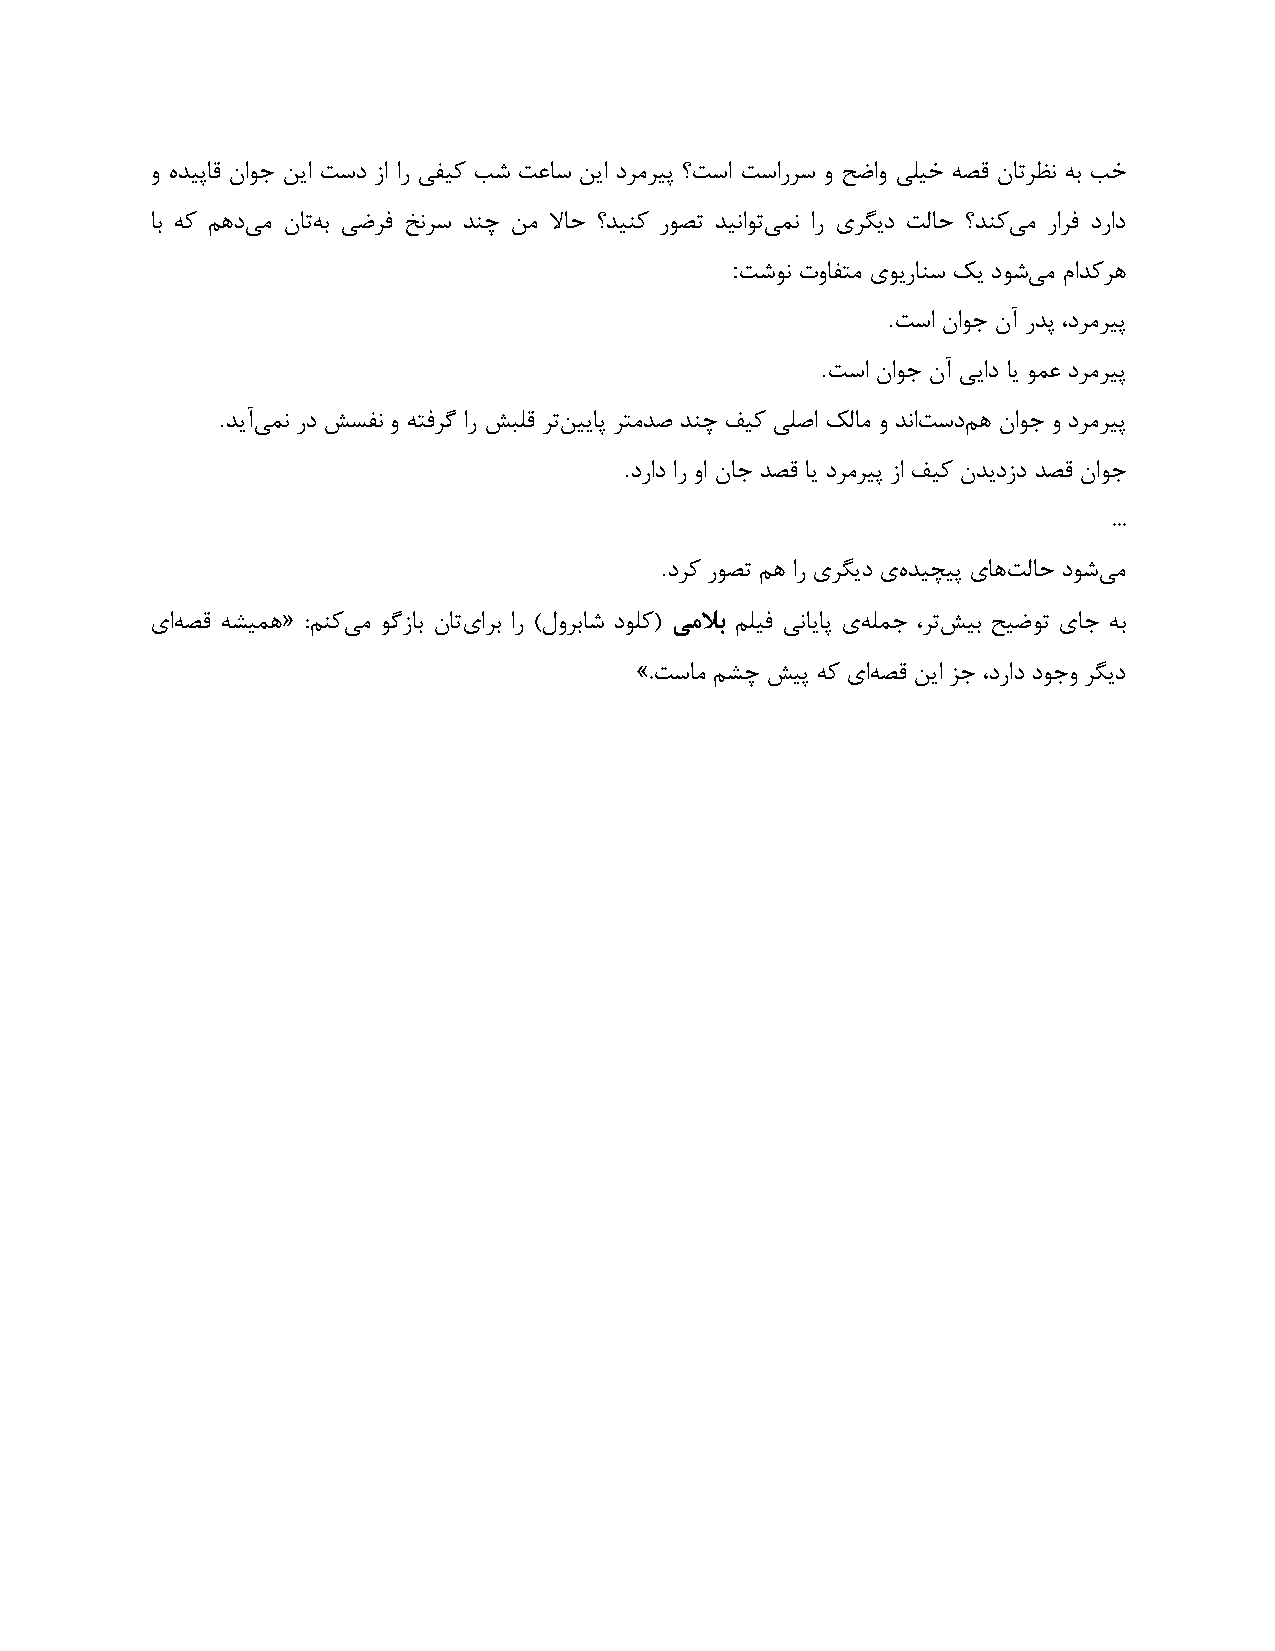
ٝ ٟـیپبه ٙاٞر ٚیا تًؿ ما اك یلیً تُ تػبً ٚیا ؿلٗلیپ ؟تًا تًاكلً ٝ ظٗاٝ یٔیؽ ٠ٔه ٙبتلظٛ ٠ث تؽ
 بث ٠ً ٖ١ؿی ٗ ٙبت٠ ث یٗلك ؼٛلً ـٜص ٚٗ لابع ؟ـیًٜ كٞٔت ـیٛاٞتی ٘ٛ اك یلِیؿ تٓبع ؟ـًٜی ٗ كالك ؿكاؿ
 :
 تُٞٛ تٝبلتٗ یٞیكبًٜ يی ؿُٞی ٗ ٕاـًل١
 .
 تًا ٙاٞر ٙآ كـپ ،ؿلٗلیپ
 .
 تًا ٙاٞر ٙآ ییاؿ بی ٞ٘ػ ؿلٗلیپ
 .
 ـیآی ٘ٛ كؿ ٌَلٛ ٝ ٠تكلُ اك َجٔه لتٚ ییبپ لتٗـٓ ـٜص قیً یٔٓا يٓبٗ ٝ ـٛات ًؿٖ ١ ٙاٞر ٝ ؿلٗلیپ
 .
 ؿكاؿ اك ٝا ٙبر ـٔه بی ؿلٗلیپ ما قیً ٙـیؿمؿ ـٔه ٙاٞر
 ...
 .
 ؿلً كٞٔت ٖ١ اك یلِیؿ یٟ ـیضیپ یب١ت ٓبع ؿُٞی ٗ
 یا٠ ٔه ٠ِی٘١« :ًٖٜی ٗ ُٞمبث ٙبتی الث اك )ّٝلثبُ ؿًٞٔ( ٖهلات ٖٔیك یٛبیبپ ی٠ ٔ٘ر ،لتَ یث ظیٗٞت یبر ٠ث
 ».تًبٗ ِٖص َیپ ٠ً یا٠ ٔه ٚیا نر ،ؿكاؿ ؿٞرٝ لِیؿ